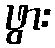
ဖွား